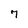
Character: 7